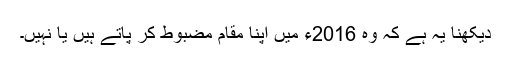
دیکھنا یہ ہے کہ وہ 2016ء میں اپنا مقام مضبوط کر پاتے ہیں یا نہیں۔